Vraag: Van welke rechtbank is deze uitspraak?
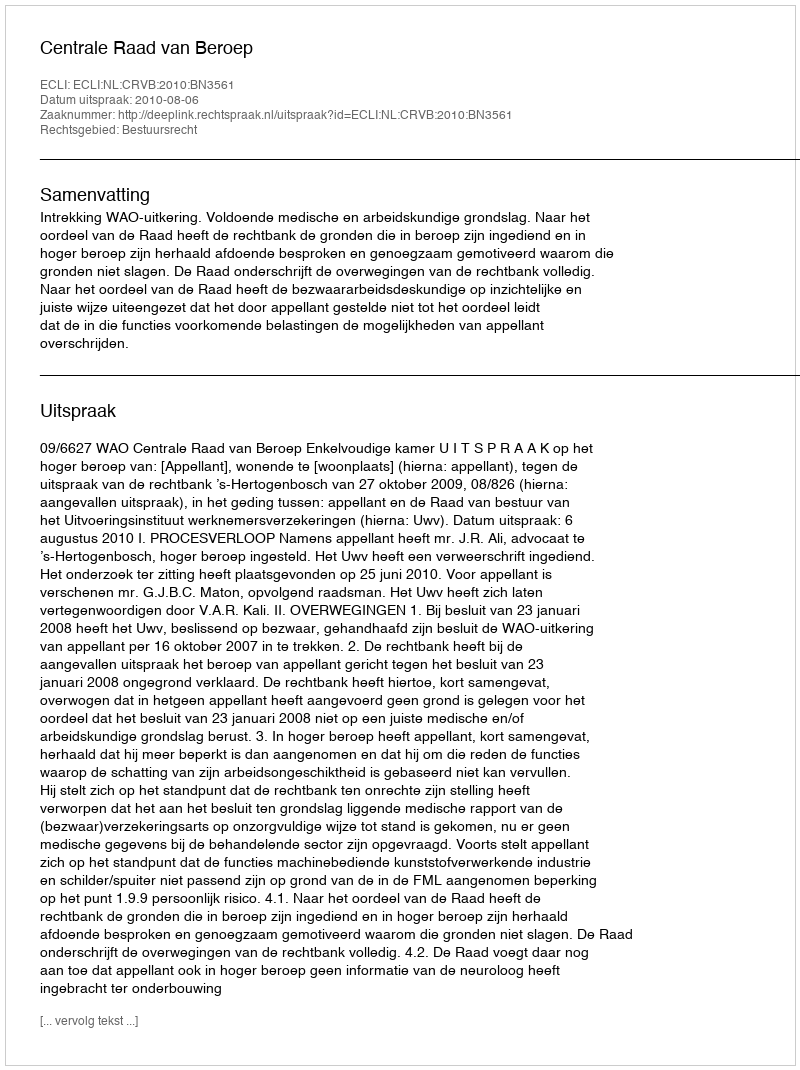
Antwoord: Centrale Raad van Beroep